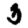
Digit: 3